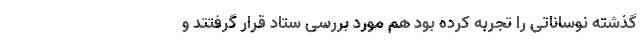
گذشته نوساناتی را تجربه کرده بود هم مورد بررسی ستاد قرار گرفتتد و